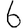
Digit: 6